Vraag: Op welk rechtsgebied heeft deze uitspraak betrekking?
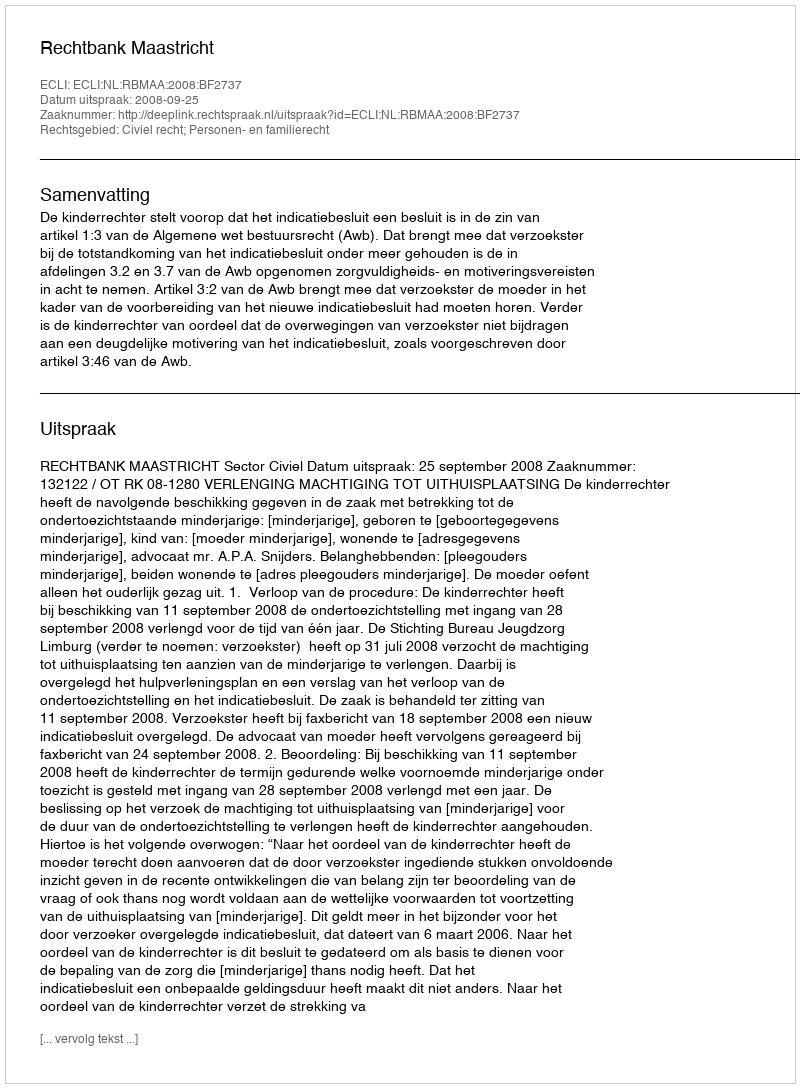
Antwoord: Civiel recht; Personen- en familierecht